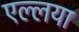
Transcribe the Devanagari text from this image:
एल्लया